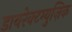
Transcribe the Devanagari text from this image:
डायरेक्टम्युज़िक